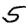
Digit: 5